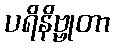
ပရိနိဗ္ဗုတာ